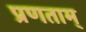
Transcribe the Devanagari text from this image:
प्रणताम्